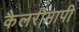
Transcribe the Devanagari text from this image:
कैलरीमापी